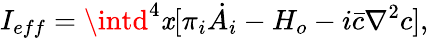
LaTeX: I_{eff}=\intd^{4}\mathit{x}[\pi_{i}\dot{{A_{i}}}-H_{o}-i\bar{{c}}\nabla^{2}c],